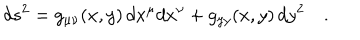
d s ^ { 2 } = g _ { \mu \nu } ( x , y ) \, d x ^ { \mu } d x ^ { \nu } + g _ { y y } ( x , y ) \, d y ^ { 2 } \quad .